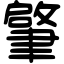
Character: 𦘦